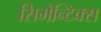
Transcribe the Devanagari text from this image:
सिमेन्टिक्स